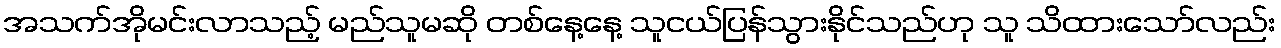
အသက်အိုမင်းလာသည့် မည်သူမဆို တစ်နေ့နေ့ သူငယ်ပြန်သွားနိုင်သည်ဟု သူ သိထားသော်လည်း